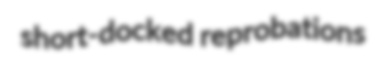
short-docked reprobations